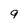
Character: 9